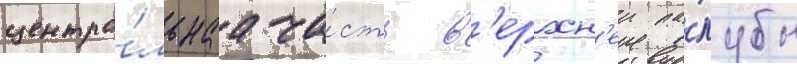
центра́льнаа ча́сть в'ерхн'еи па́лубы